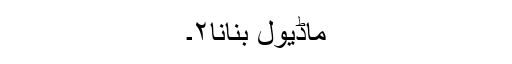
ماڈیول بنانا۲۔